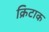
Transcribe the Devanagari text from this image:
क्रिटाक